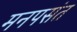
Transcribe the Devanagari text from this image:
मनपसंत